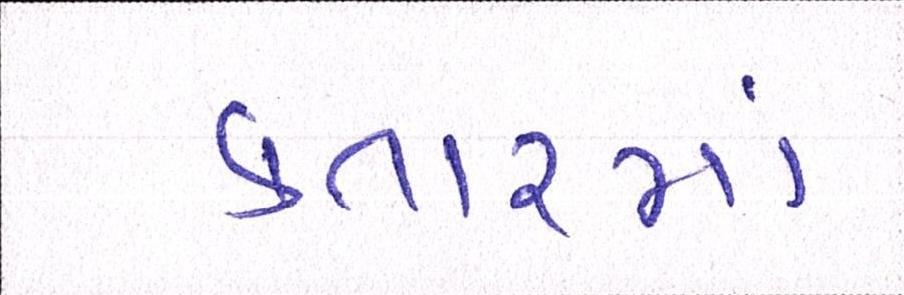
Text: કતારમાં